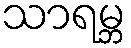
သာရမ္ဘ